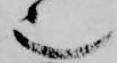
也